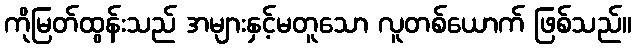
ကိုမြတ်ထွန်းသည် အများနှင့်မတူသော လူတစ်ယောက် ဖြစ်သည်။